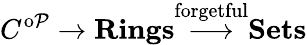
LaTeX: C^{\operatorname{o\mathcal{P}}}\to\mathbf{{Rings}}{\stackrel{\textrm{{forgetful}}}{\longrightarrow}}\mathbf{{Sets}}